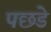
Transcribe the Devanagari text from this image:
पछडे